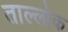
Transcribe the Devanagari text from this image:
ताल्लोक